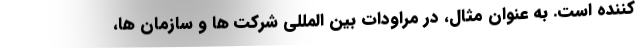
کننده است. به عنوان مثال، در مراودات بین المللی شرکت ها و سازمان ها،